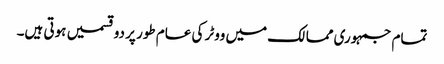
تمام جمہوری ممالک میں ووٹر کی عام طور پر دو قسمیں ہوتی ہیں۔